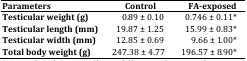
| Parameters | Control | FA-exposed |
 | --- | --- | --- |
 | Testicular weight (g) | 0.89 ± 0.10 | 0.746 ± 0.11* |
 | Testicular length (mm) | 19.87 ± 1.25 | 15.99 ± 0.83* |
 | Testicular width (mm) | 12.85 ± 0.69 | 9.66 ± 1.00* |
 | Total body weight (g) | 247.38 ± 4.77 | 196.57 ± 8.90* |